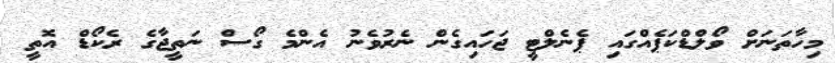
މިހާތަަނަށް ވޯލްޑްކަޕެއްގައި ޕެނެލްޓީ ޖަހައިގެން ނެރުވެނު އެންމެ ގޯސް ނަތީޖާގެ ރެކޯޑް އޮތީ